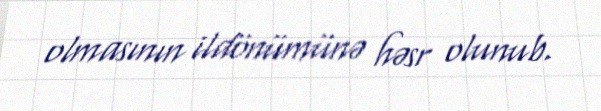
olmasının ildönümünə həsr olunub.